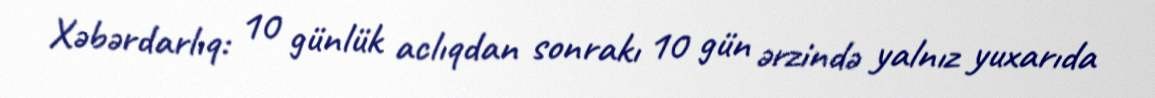
Xəbərdarlıq: 10 günlük aclıqdan sonrakı 10 gün ərzində yalnız yuxarıda